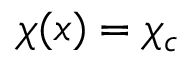
{ \chi ( x ) = \chi _ { c } }